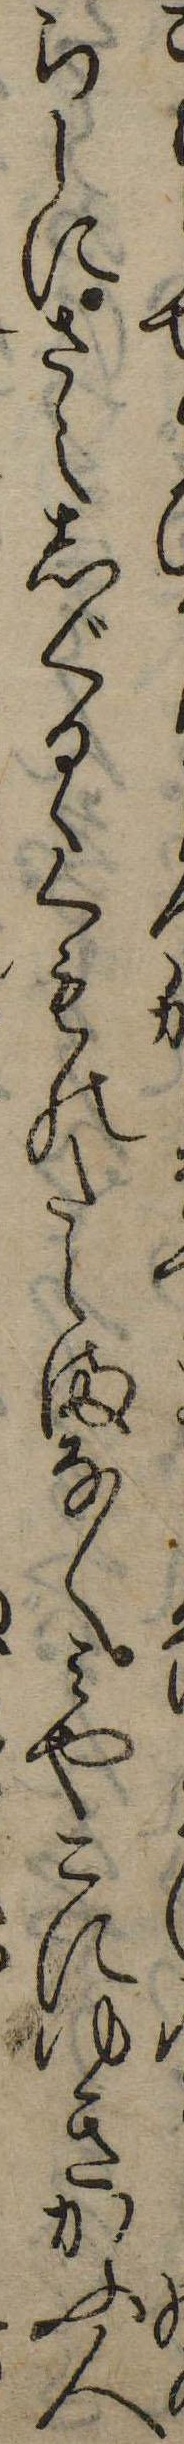
らしにさえしぐるゝくものたえまなくみやこにゆきかふ人